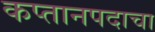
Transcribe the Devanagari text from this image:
कप्तानपदाचा